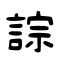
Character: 誴